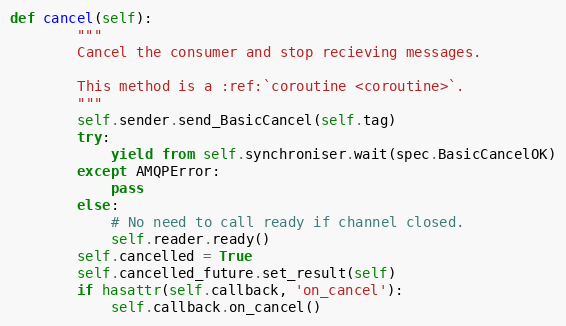
Language: Python
def cancel(self):
        """
        Cancel the consumer and stop recieving messages.

        This method is a :ref:`coroutine <coroutine>`.
        """
        self.sender.send_BasicCancel(self.tag)
        try:
            yield from self.synchroniser.wait(spec.BasicCancelOK)
        except AMQPError:
            pass
        else:
            # No need to call ready if channel closed.
            self.reader.ready()
        self.cancelled = True
        self.cancelled_future.set_result(self)
        if hasattr(self.callback, 'on_cancel'):
            self.callback.on_cancel()